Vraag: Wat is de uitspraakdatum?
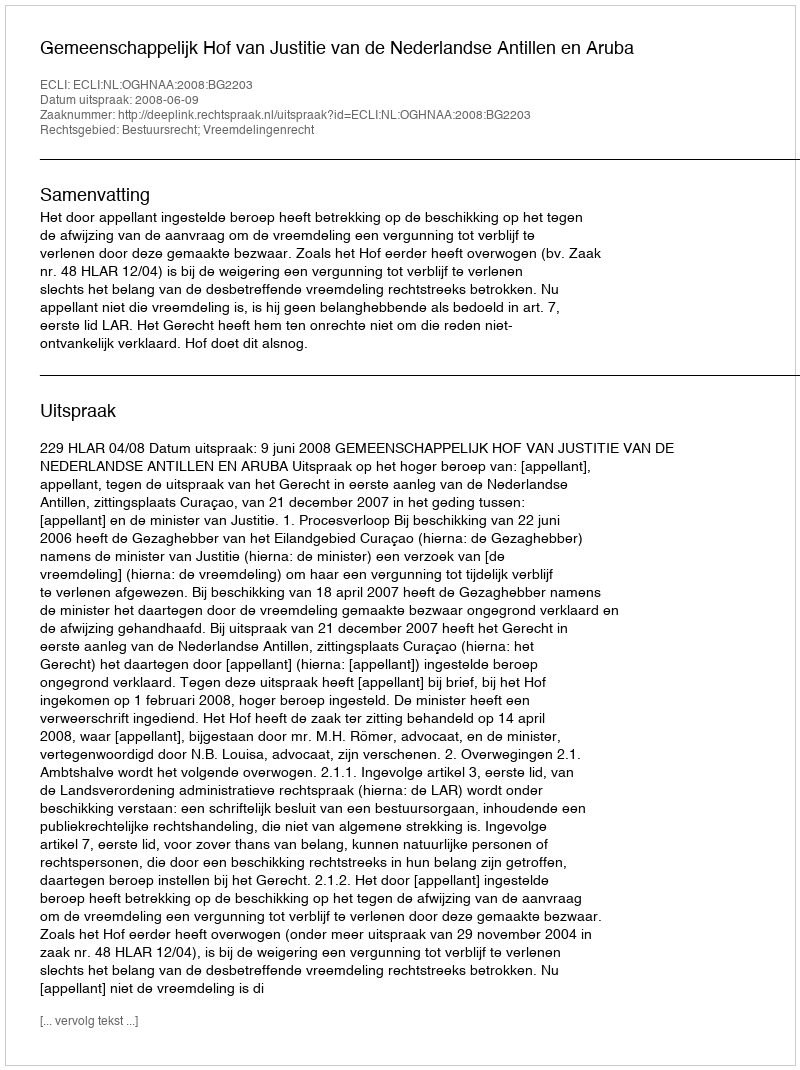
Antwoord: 2008-06-09